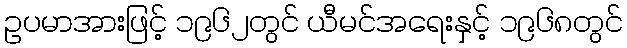
ဥပမာအားဖြင့် ၁၉၆၂တွင် ယီမင်အရေးနှင့် ၁၉၆၈တွင်